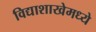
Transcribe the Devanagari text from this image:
विद्याशाखेमध्ये